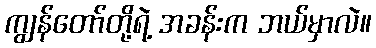
ကျွန်တော်တို့ရဲ့ အခန်းက ဘယ်မှာလဲ။